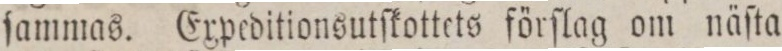
ſammas. Expeditionsutſkottets förſlag om näſta